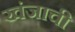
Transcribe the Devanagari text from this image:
खंजाची